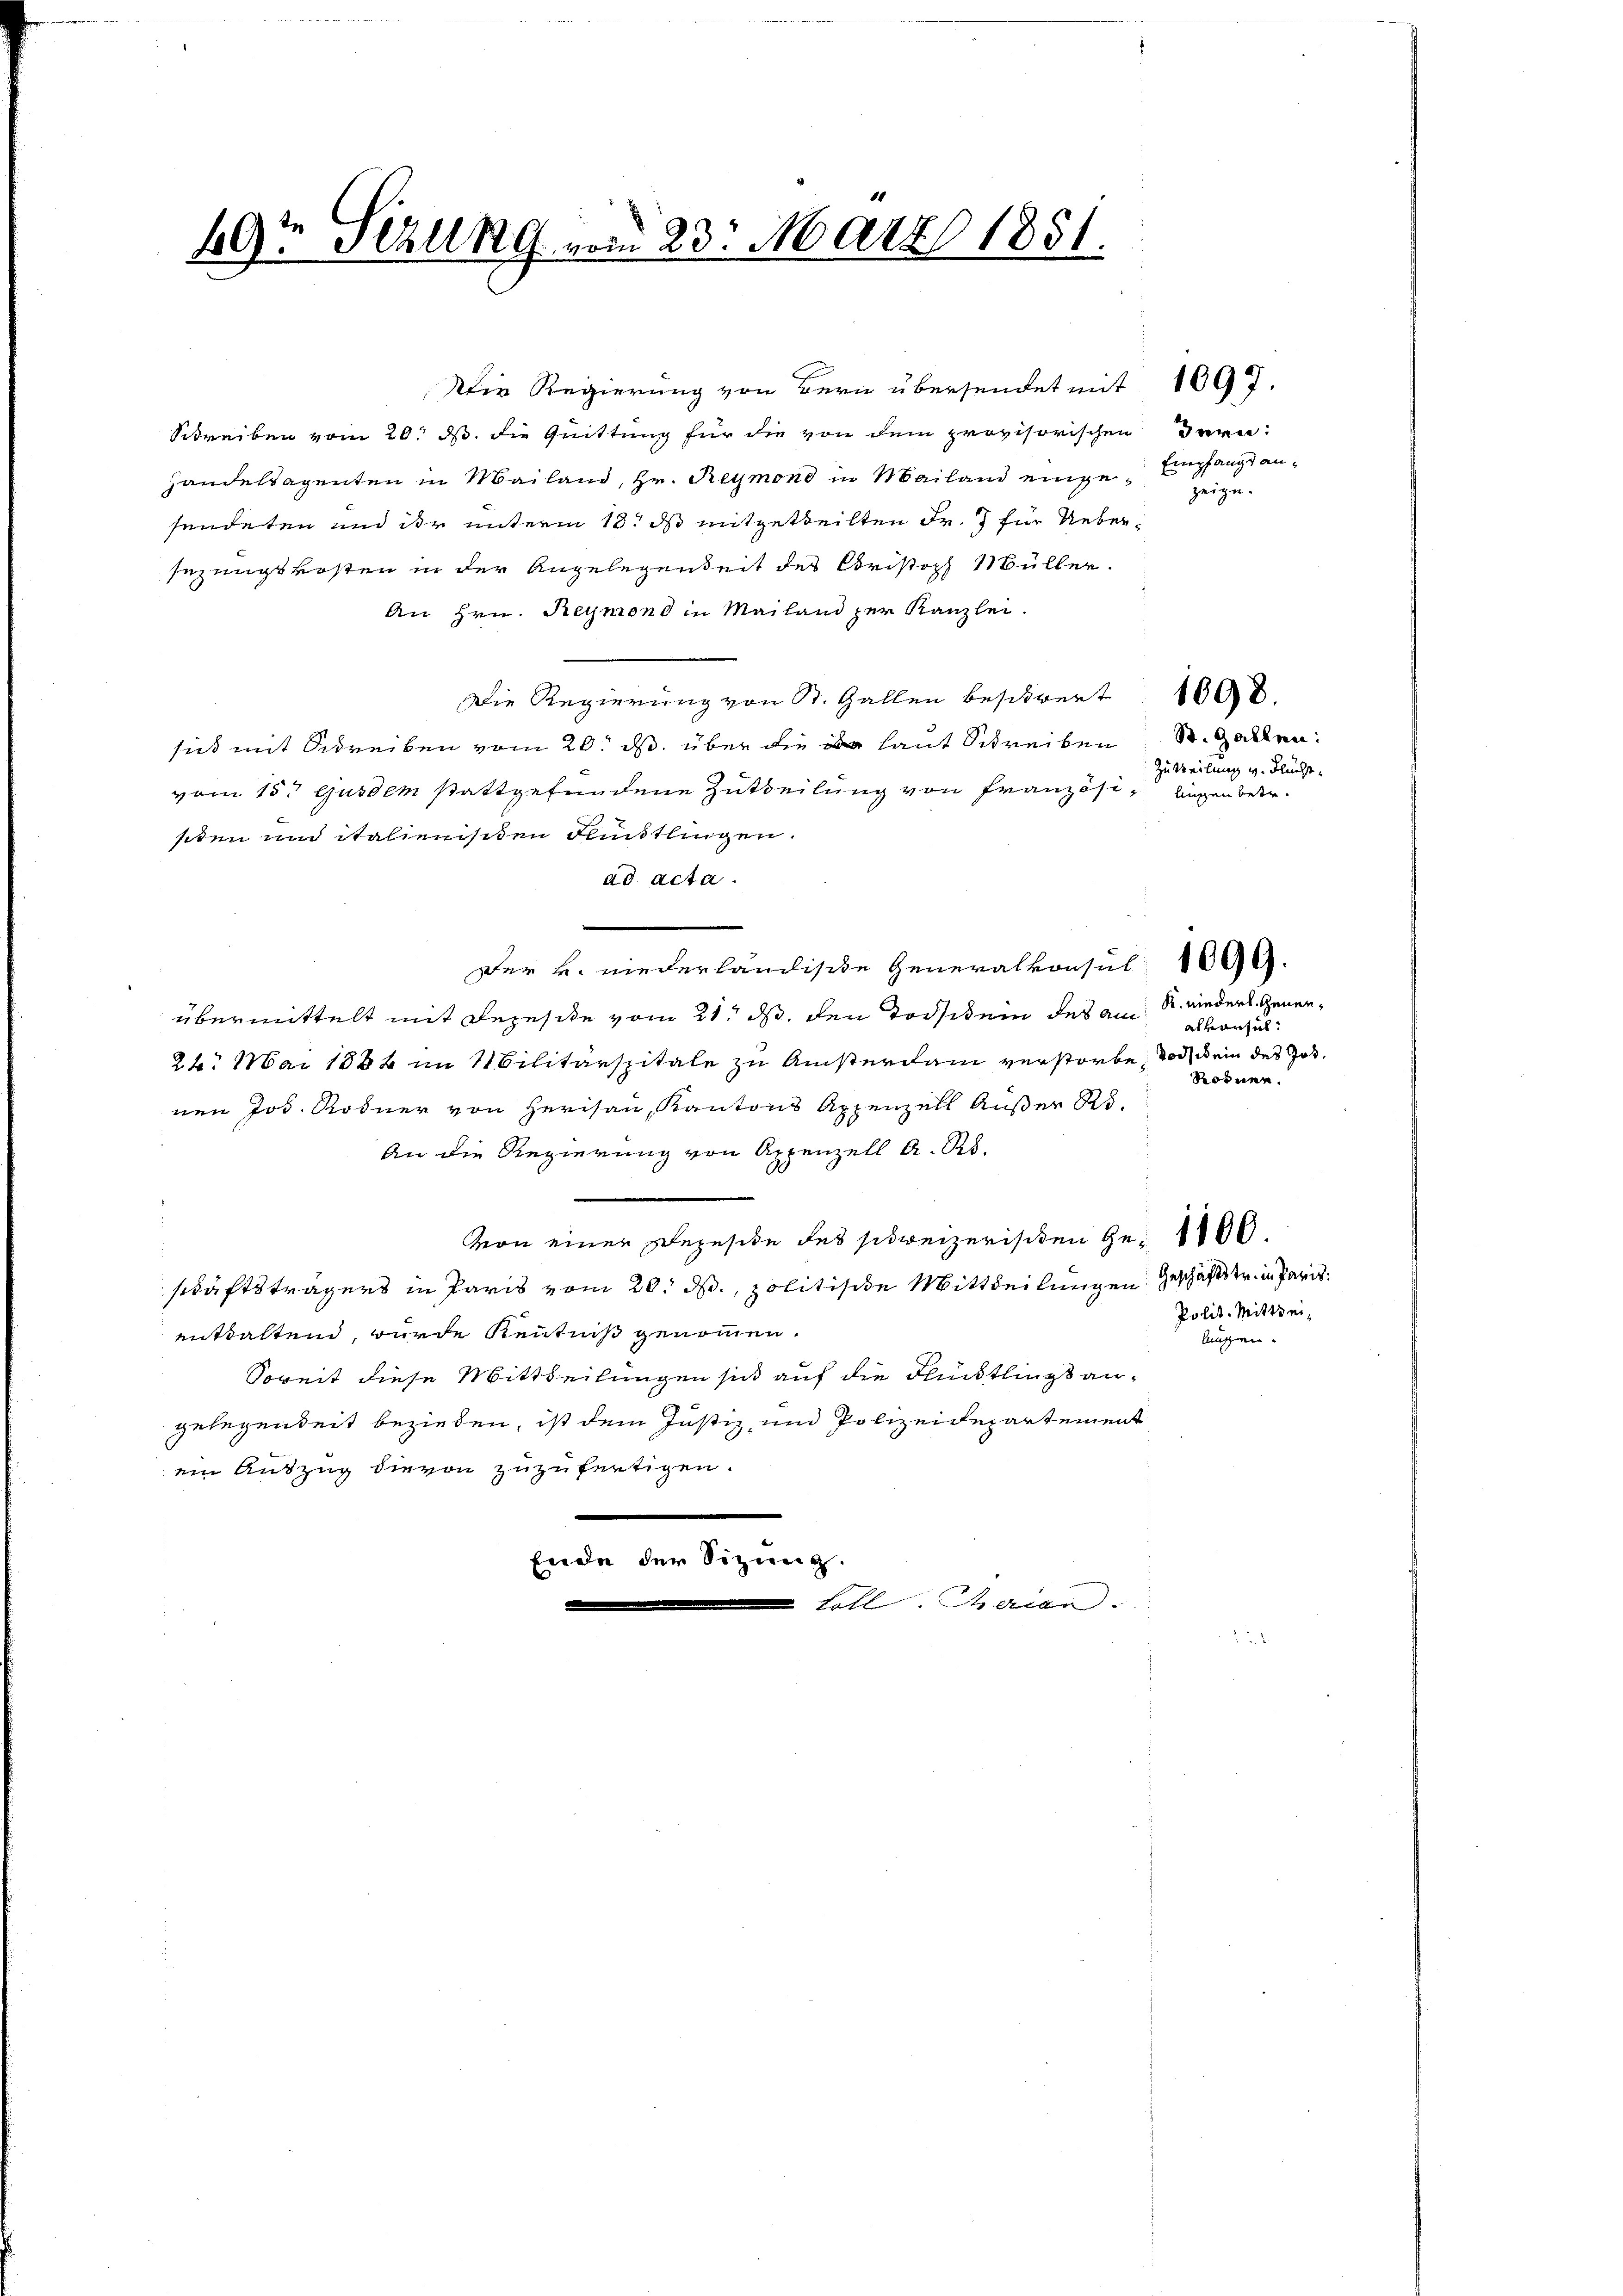
49 Stall vom 23. März 1851.

Schreiben vom 20. ds. die Quittung für die von dem provisorischen Fern
Handelsagenten in Mailand, Hr. Reymond in Mailand eingen Empfangsansendeten und der unterm 18. ds mitgetheilten Fr. 7 für Uebersezungskosten in der Angelegenheit des Cristoph 1Büller.
An Hrn. Reymond in Mailand zur Kanzlei.
Die Regierung von St. Gallen beschwert 1000.
sicht mit Schreiben vom 20. ds. über die de laut Schreiben
vom 15t Ausdem stattgefundene Zutheilung von Französisiden und italienischen Flüchtlingen.
ad acta.
Der v. niederländische Generalkonsul
übermittelt mit Dezesite vom 21. ds. den Todstein des am
alverhal¬
26. Mai 1884 im Militärspitale zu Anisterdam verstorbe, doch kein des Jos.
Rornen.
nen Jos. Rodner von Herisau, Kantons Appenzell Außer Ro¬
An die Regierung von Appenzell A. R.
von einer Deposite des schweizerischen Ge- 1100.
schäftsträgers in Paris vom 20. ds., politische Mittheilungen Geschäfte in Paris
enthaltend, wurde Kenntniß genommen.
lungen.
Soweit diese Mittheilungen sich auf die Flüchtlings angelegenheit beziehen, ist dem Justiz, und Polizeidepartement
ein Auszug die von zuzufertigen.
e
Eide der Sitzung.

Die Regierung von Bern übersendet mit 1097.

u Foll Therede

zeige.

St. Gallen:
Zuteilung v. Flüchtlüssen betr.

K. niederl. Gener¬

Polit. Mittwei¬